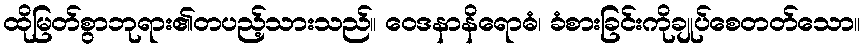
ထိုမြတ်စွာဘုရား၏တပည့်သားသည်။ ဝေဒနာနိရောဓံ၊ ခံစားခြင်းကိုချုပ်စေတတ်သော။